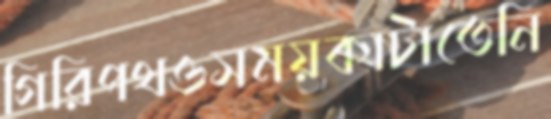
গিরিপথওসময়কাটাতেনি